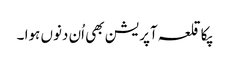
پکا قلعہ آپریشن بھی اُن دنوں ہوا ۔